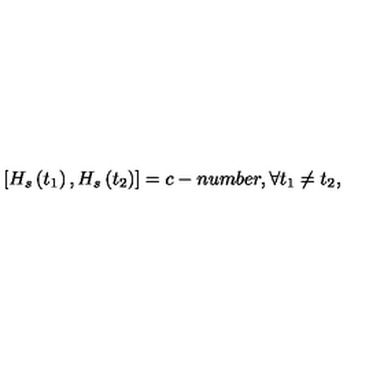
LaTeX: \left[ H _ { s } \left( t _ { 1 } \right) , H _ { s } \left( t _ { 2 } \right) \right] = c - n u m b e r , \forall t _ { 1 } \neq t _ { 2 } ,